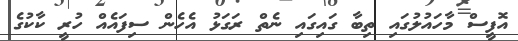
އޮފީސް މާހައުލުގައި ތިބާ ގައިގައި ނެތް ރަގަޅު އެހެން ސިފައެއް ހުރީ ކާކުގެ